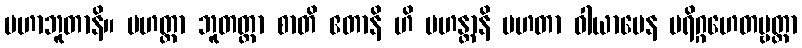
မဟာဘူတာနိ။ မဟတ္တာ ဘူတတ္တာ စာတိ ဧတာနိ ဟိ မဟန္တာနိ မဟတာ ဝါယာမေန ပရိဂ္ဂဟေတဗ္ဗတ္တာ